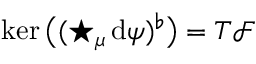
\ker \big ( ( \star _ { \mu } \, \mathrm { d } \psi ) ^ { \flat } \big ) = T { \mathcal F }